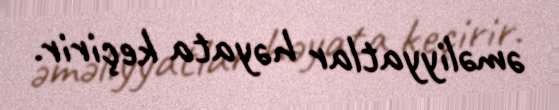
əməliyyatlar həyata keçirir.